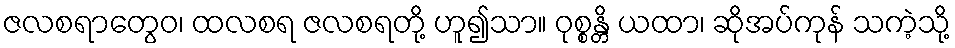
ဇလစရာတွေဝ၊ ထလစရ ဇလစရတို့ ဟူ၍သာ။ ဝုစ္စန္တိ ယထာ၊ ဆိုအပ်ကုန် သကဲ့သို့